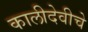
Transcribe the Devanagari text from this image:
कालीदेवीचे